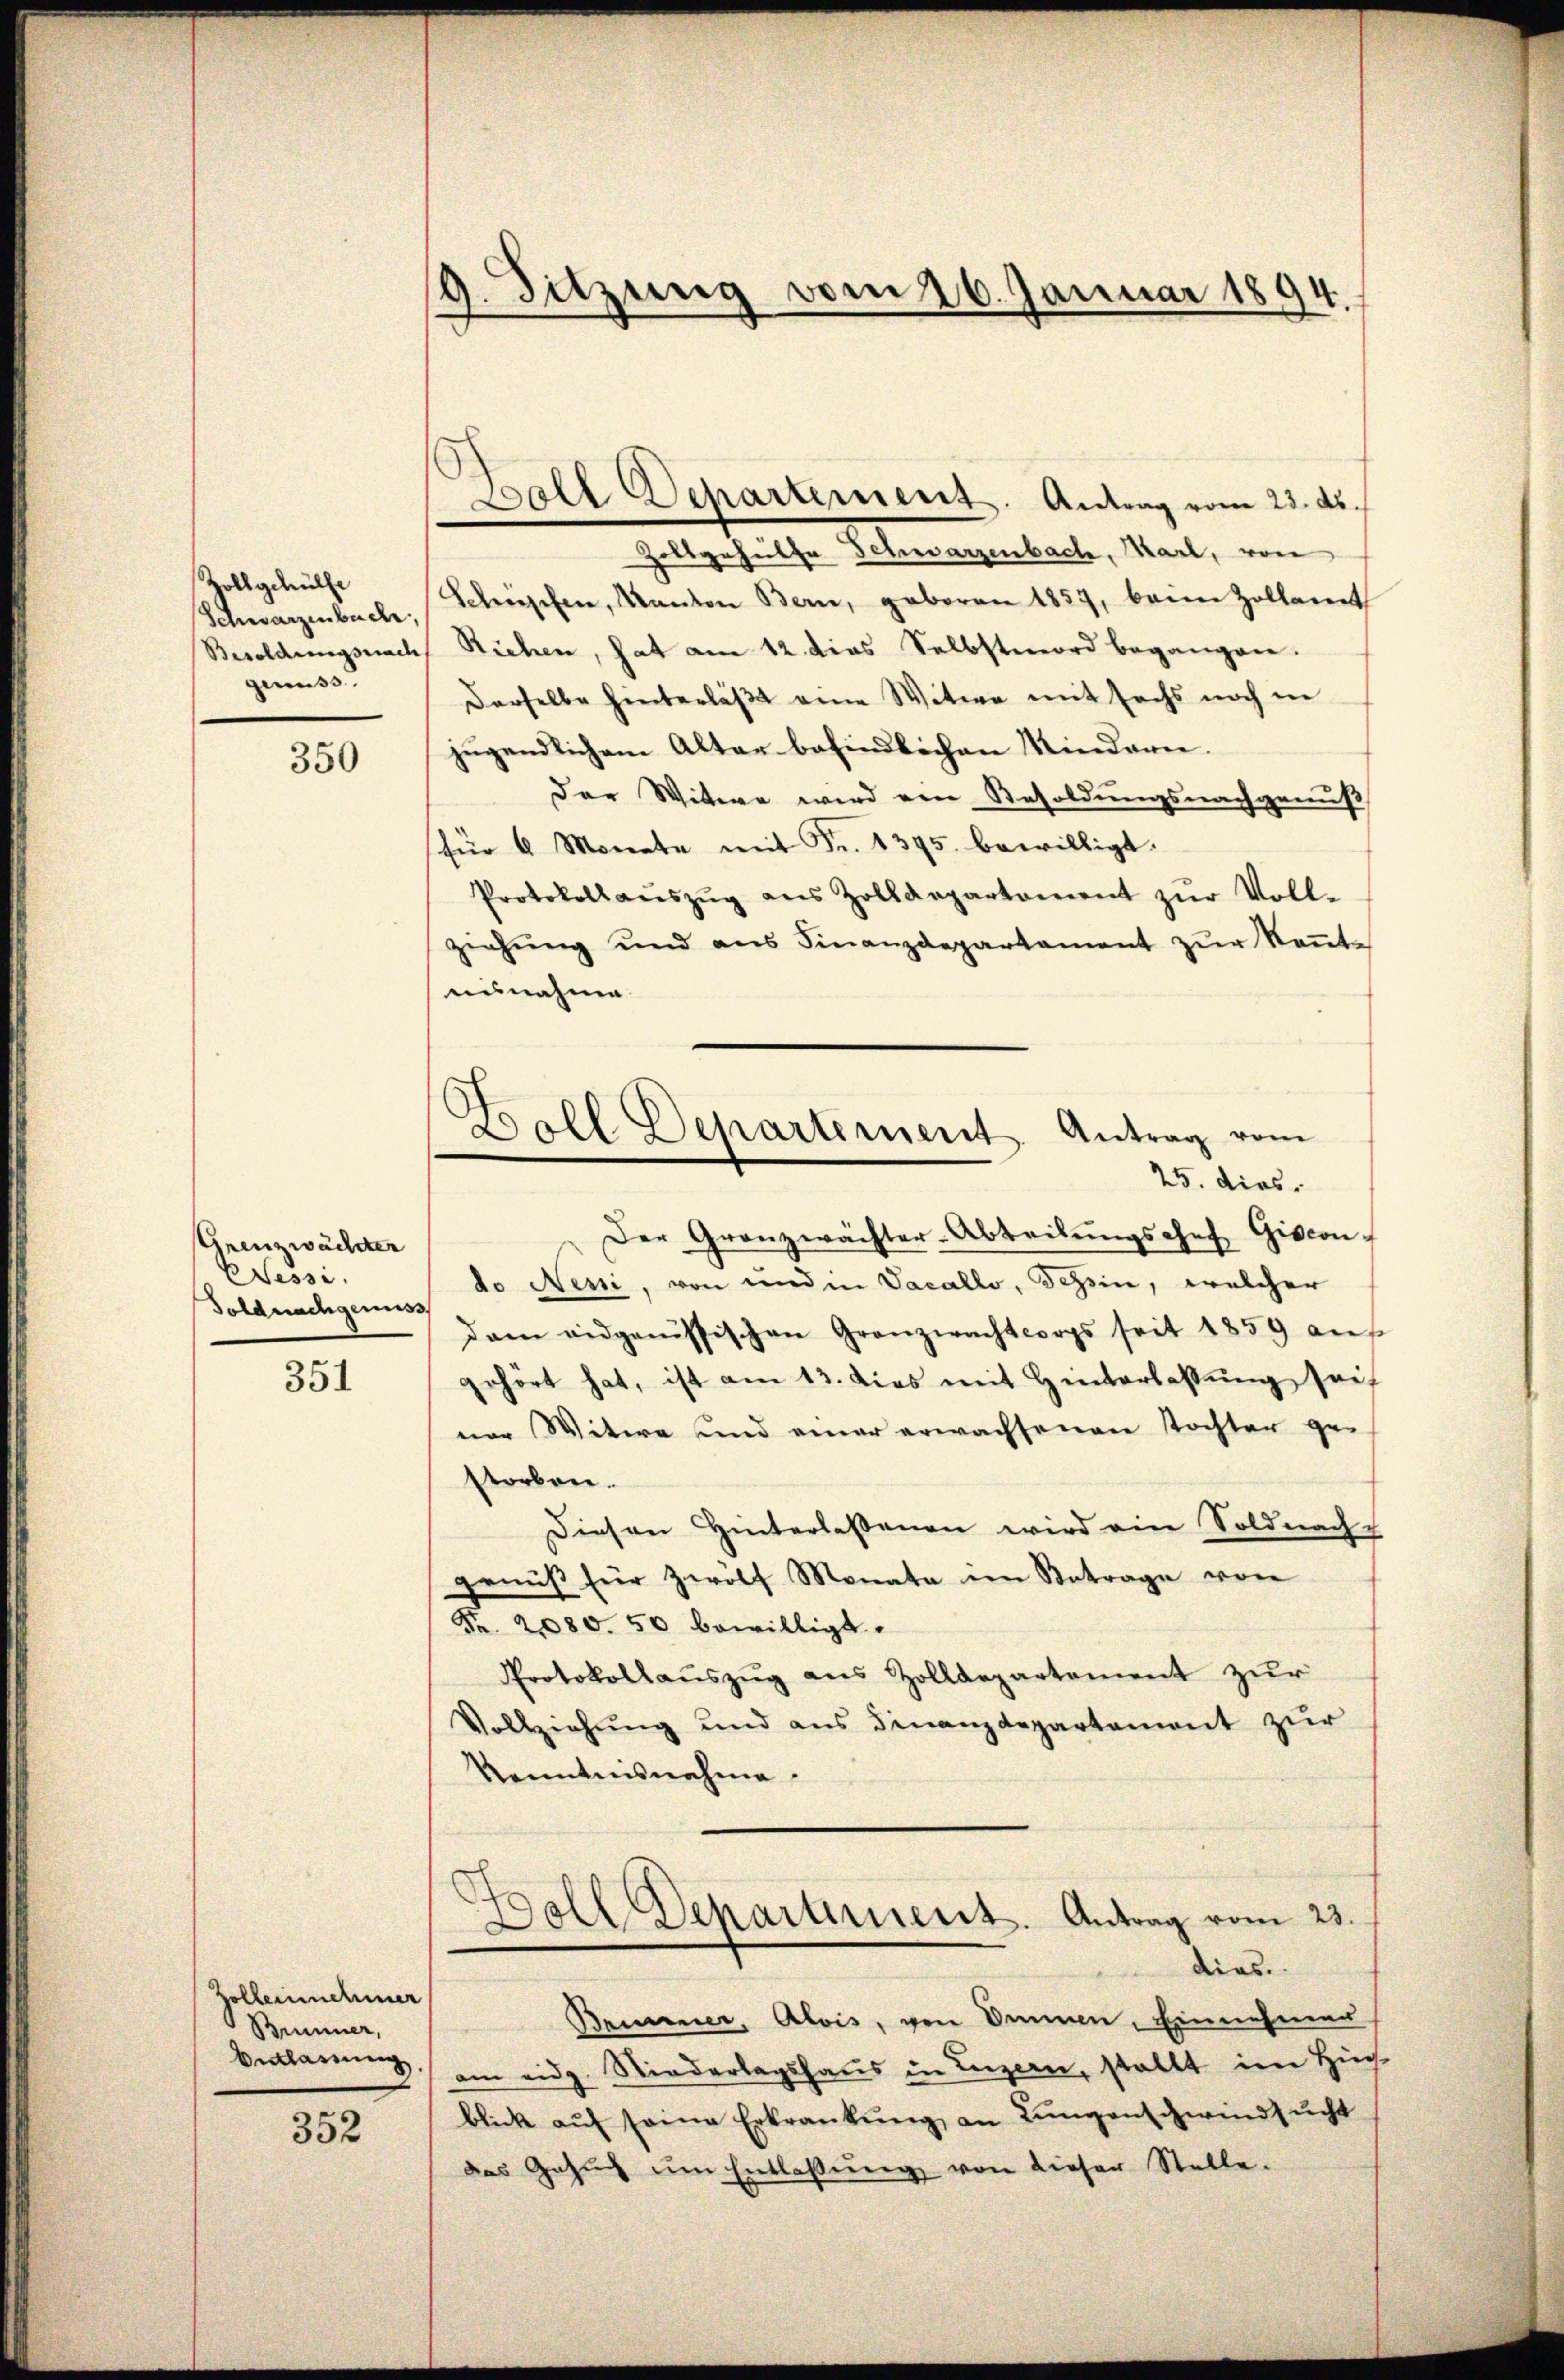
Zollgehülfe
Schwarzenbuche,
Besoldungsnach
genuss.

350

Grenzwächter
Tessi.
Soldnachgenuss.

351

Zolleinnehmer
Binner,
Belassung

352

9. Sitzung vom 26. Januar 1894.

Blt Departement. Antrag vom 23. ds.

Boll Departement. Antrag vom
25. dies

Zottgehülfe Schwarzenbach, Karl, von
Scherischen, Kanton Bern, geboren 1857, beim Zollamt
Riehen, hat am 12 dies Selbstmord begangen.
Derselbe hinterläßt eine Witwe mit sechs noch in
jugendlichem Alter befindlichen Kindern.
der Wittwe wird von Resoldungsnachgenuß
für 6 Monate mit Fr. 1395. bewilligt.
Protokollaŭszŭg aŭs Zolldepartement zŭr Voll-
ziehŭng und ans Finanzdepartament zŭr Keṅt-
ausnahme.
Der Granzwächter-Abteilŭngschef Giscon
do Neni, von und in Vacallo, Schein, welcher
dam eidgenössischen Granzwachtwegs seit 1859 auf
chört hat, ist am 13. dies mit Hinterlassŭng seif
ner Witwe und einer erwachsenen Tochter ge-
storben.
Diesen Hinterlaßenen wird ein Soldnach-
genuß für zwolf Monate im Betrage von
Nr. 2080. 50 bewilligt.
Protokollaŭszŭg ans Zolldepartement zŭr
Vollziehung und aus Finanzdepartement zur
Kenntensnahme.
.
wall Departement. Antrag vom 23.
d
dies
Briunner, Alois, von Ammen, Einnehmer
am eidg. Niederlagshaus in Luzern, stellt im Hin-
blick aŭf seine Erkrankŭng an Lŭngenschwindsucht
das Gesŭch ŭm Entlassŭng von dieser Stelle.